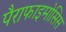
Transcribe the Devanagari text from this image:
पैराफाइमोसिस